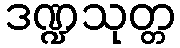
ဒဏ္ဍသုတ္တ